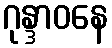
ဂုန္ဒာဝနေ